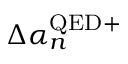
\Delta \alpha _ { n } ^ { \mathrm { Q E D + } }